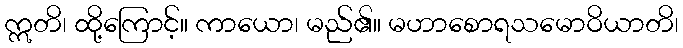
ဣတိ၊ ထို့ကြောင့်။ ကာယော၊ မည်၏။ မဟာစောရသမောဝိယာတိ၊